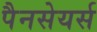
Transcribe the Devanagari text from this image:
पैनसेयर्स